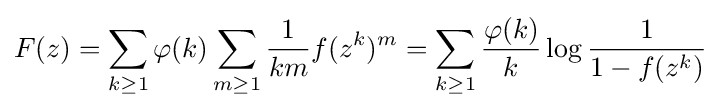
F(z)=\sum _{k\geq 1}\varphi (k)\sum _{m\geq 1}{\frac {1}{km}}f(z^{k})^{m}=\sum _{k\geq 1}{\frac {\varphi (k)}{k}}\log {\frac {1}{1-f(z^{k})}}